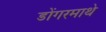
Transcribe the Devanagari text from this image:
डोंगरमाथे